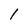
Character: l